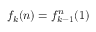
f _ { k } ( n ) = f _ { k - 1 } ^ { n } ( 1 )